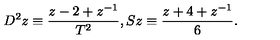
D ^ { 2 } z \equiv \frac { z - 2 + z ^ { - 1 } } { T ^ { 2 } } , S z \equiv \frac { z + 4 + z ^ { - 1 } } 6 .